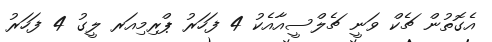
އެގޮތުން ޗެކް ވަނީ ޗެލްސީއާއެކު 4 ފަހަރު ޕްރިމިއަރ ލީގު 4 ފަހަރު